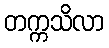
တက္ကသိလာ